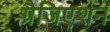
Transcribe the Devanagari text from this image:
ग्रैजिएशन